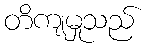
တိကျမှုသည်